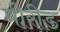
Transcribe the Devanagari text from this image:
पीरीड